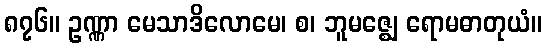
၈၇၆။ ဥဏ္ဏာ မေသာဒိလောမေ၊ စ၊ ဘူမဇ္ဈေ ရောမဓာတုယံ။